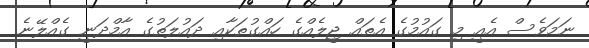
ނަމަވެސް އެއީ މި ގައުމުގެ އެތައް ޖީލެއްގެ ހައްގުތަކާއި ދައުލަތުގެ އާމްދަނީ ގެއްލޭނެ